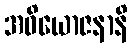
အဓိယောဇနာနိ